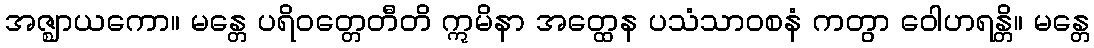
အဇ္ဈာယကော။ မန္တေ ပရိဝတ္တေတီတိ ဣမိနာ အတ္ထေန ပသံသာဝစနံ ကတွာ ဝေါဟရန္တိ။ မန္တေ